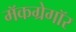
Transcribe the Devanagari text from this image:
मॅकग्रेगॉर